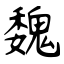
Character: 魏